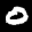
Label: 0